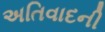
અતિવાદની